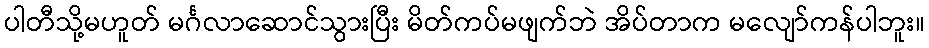
ပါတီသို့မဟူတ် မင်္ဂလာဆောင်သွားပြီး မိတ်ကပ်မဖျက်ဘဲ အိပ်တာက မလျော်ကန်ပါဘူး။